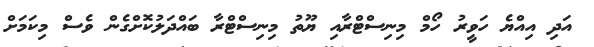
އަދި އިއްޔެ ހަވީރު ހޯމް މިނިސްޓްރާއި ޔޫތު މިނިސްޓްރާ ބައްދަލުކޮށްގެން ވެސް މިކަމަށް